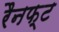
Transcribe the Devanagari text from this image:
रैनफ्‍ट